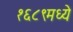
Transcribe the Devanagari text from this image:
१६८९मध्ये